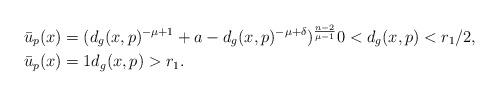
LaTeX: \begin{align*}\bar u_p(x) &= (d_g(x,p)^{-\mu + 1} + a - d_g(x,p)^{-\mu + \delta})^{\frac{n-2}{\mu - 1}} 0 < d_g(x,p) < r_1/2, \\\bar u_p(x) & = 1 d_g(x,p) > r_1.\end{align*}